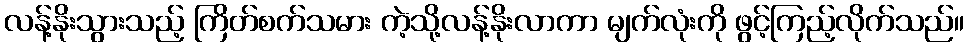
လန့်နိုးသွားသည့် ကြိတ်စက်သမား ကဲ့သို့လန့်နိုးလာကာ မျက်လုံးကို ဖွင့်ကြည့်လိုက်သည်။